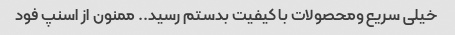
خیلی سریع ومحصولات با کیفیت بدستم رسید.. ممنون از اسنپ فود